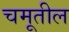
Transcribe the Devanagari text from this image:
चमूतील